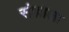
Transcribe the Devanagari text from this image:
संज्ञाला